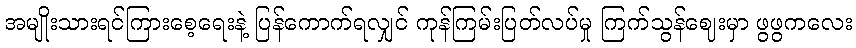
အမျိုးသားရင်ကြားစေ့ရေးနဲ့ ပြန်ကောက်ရလျှင် ကုန်ကြမ်းပြတ်လပ်မှု ကြက်သွန်ဈေးမှာ ဖွဖွကလေး